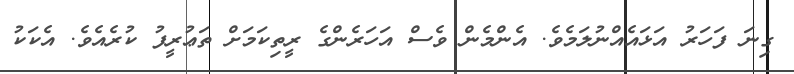
ގިނަ ފަހަރު އަޅައެއްނުލަމެވެ. އެންމެން ވެސް އަހަރެންގެ ރީތިކަމަށް ތަޢުރީފު ކުރެއެވެ. އެކަކު